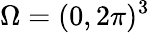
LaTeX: \Omega=(0,2\pi)^{3}